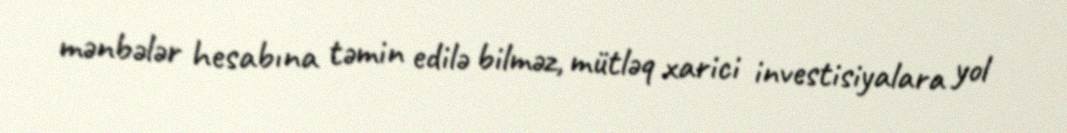
mənbələr hesabına təmin edilə bilməz, mütləq xarici investisiyalara yol